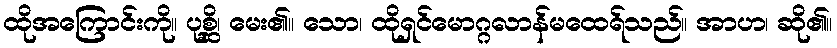
ထိုအကြောင်းကို။ ပုစ္ဆိ၊ မေး၏။ သော၊ ထိုရှင်မောဂ္ဂလာန်မထေရ်သည်။ အာဟ၊ ဆို၏။